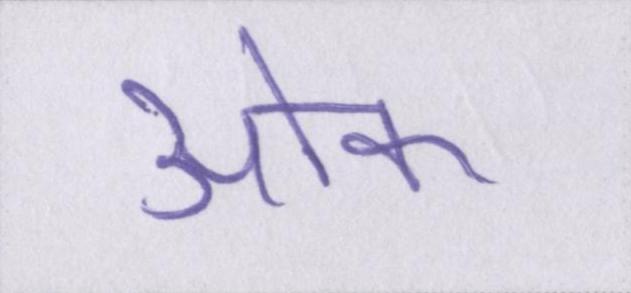
ओक